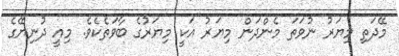
މޭދަތި މިޔަރު ނުވަތަ މެންދަން މިޔަރު އަކީ މިޔަރުގެ ބާވަތެކެވެ. މިއީ ދުނިޔޭގެ